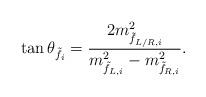
LaTeX: \begin{align*} \tan \theta_{\tilde{f}_i} = \frac{2 m_{\tilde{f}_{L/R,i}}^2}{m_{\tilde{f}_{L,i}}^2 - m_{\tilde{f}_{R,i}}^2}.\end{align*}